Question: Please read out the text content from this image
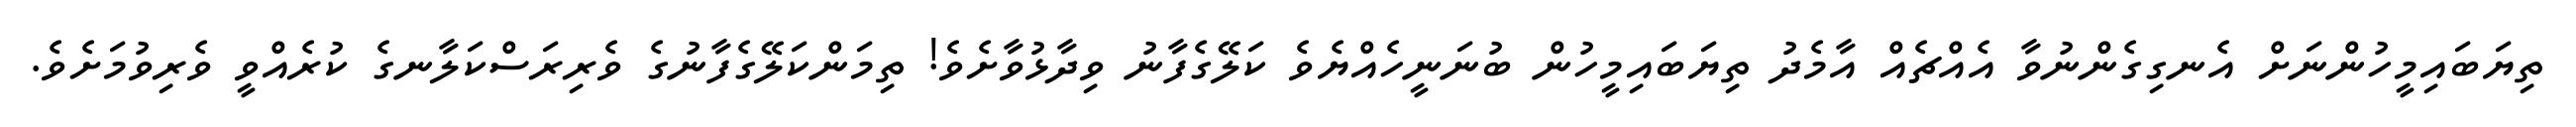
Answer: ތިޔަބައިމީހުންނަށް އެނގިގެންނުވާ އެއްޗެއް އާމެދު ތިޔަބައިމީހުން ބުނަނީހެއްޔެވެ ކަލޭގެފާނު ވިދާޅުވާށެވެ! ތިމަންކަލޭގެފާނުގެ ވެރިރަސްކަލާނގެ ކުރެއްވީ ވެރިވުމަށެވެ.